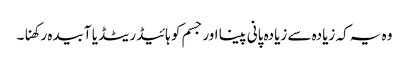
وہ یہ کہ زیادہ سے زیادہ پانی پینا اور جسم کو ہائیڈریٹڈ یا آبیدہ رکھنا۔